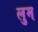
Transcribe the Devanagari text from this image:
लुम